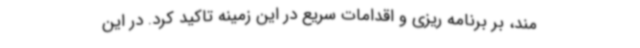
مند، بر برنامه ریزی و اقدامات سریع در این زمینه تاکید کرد. در این